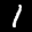
Label: 1